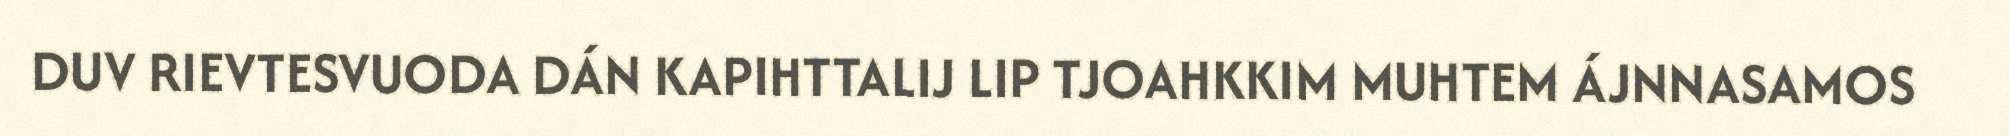
DUV RIEVTESVUODA DÁN KAPIHTTALIJ LIP TJOAHKKIM MUHTEM ÁJNNASAMOS